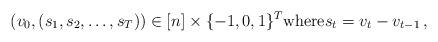
LaTeX: \begin{align*}(v_0, (s_1, s_2, \dots, s_T))\in [n] \times \{-1,0,1\}^T \mbox{where}s_t = v_t - v_{t-1} \, ,\end{align*}